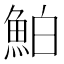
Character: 鮊